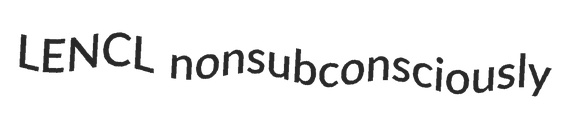
LENCL nonsubconsciously